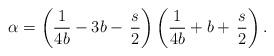
LaTeX: \begin{align*}\alpha =\left({1\over 4b}-3b-\,\frac{s}{2}\right)\left({1\over 4b}+b+\,\frac{s}{2}\right).\end{align*}